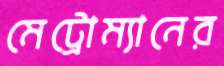
মেট্রোম্যানের